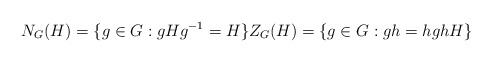
\begin{align*}N_G(H)=\{g\in G:gHg^{-1}= H\}Z_G(H)=\{g\in G:gh=hghH\}\end{align*}